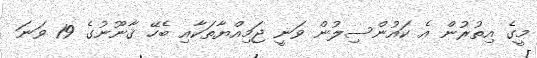
މީގެ އިތުރުން އެ ކައުންސިލުން ވަނީ ޖަމިއްޔާތަކާއި ބެހޭ ޤާނޫނުގެ 19 ވަނަ